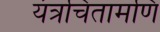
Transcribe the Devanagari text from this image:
यंत्रचिंतामणि